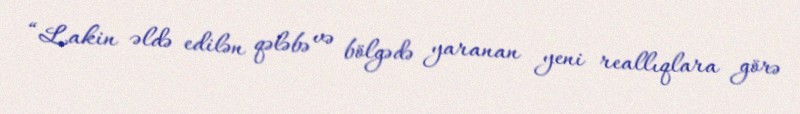
“Lakin əldə edilən qələbə və bölgədə yaranan yeni reallıqlara görə